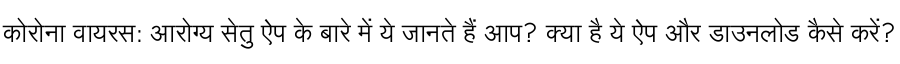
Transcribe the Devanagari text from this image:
कोरोना वायरस: आरोग्य सेतु ऐप के बारे में ये जानते हैं आप? क्या है ये ऐप और डाउनलोड कैसे करें?